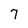
Character: 7